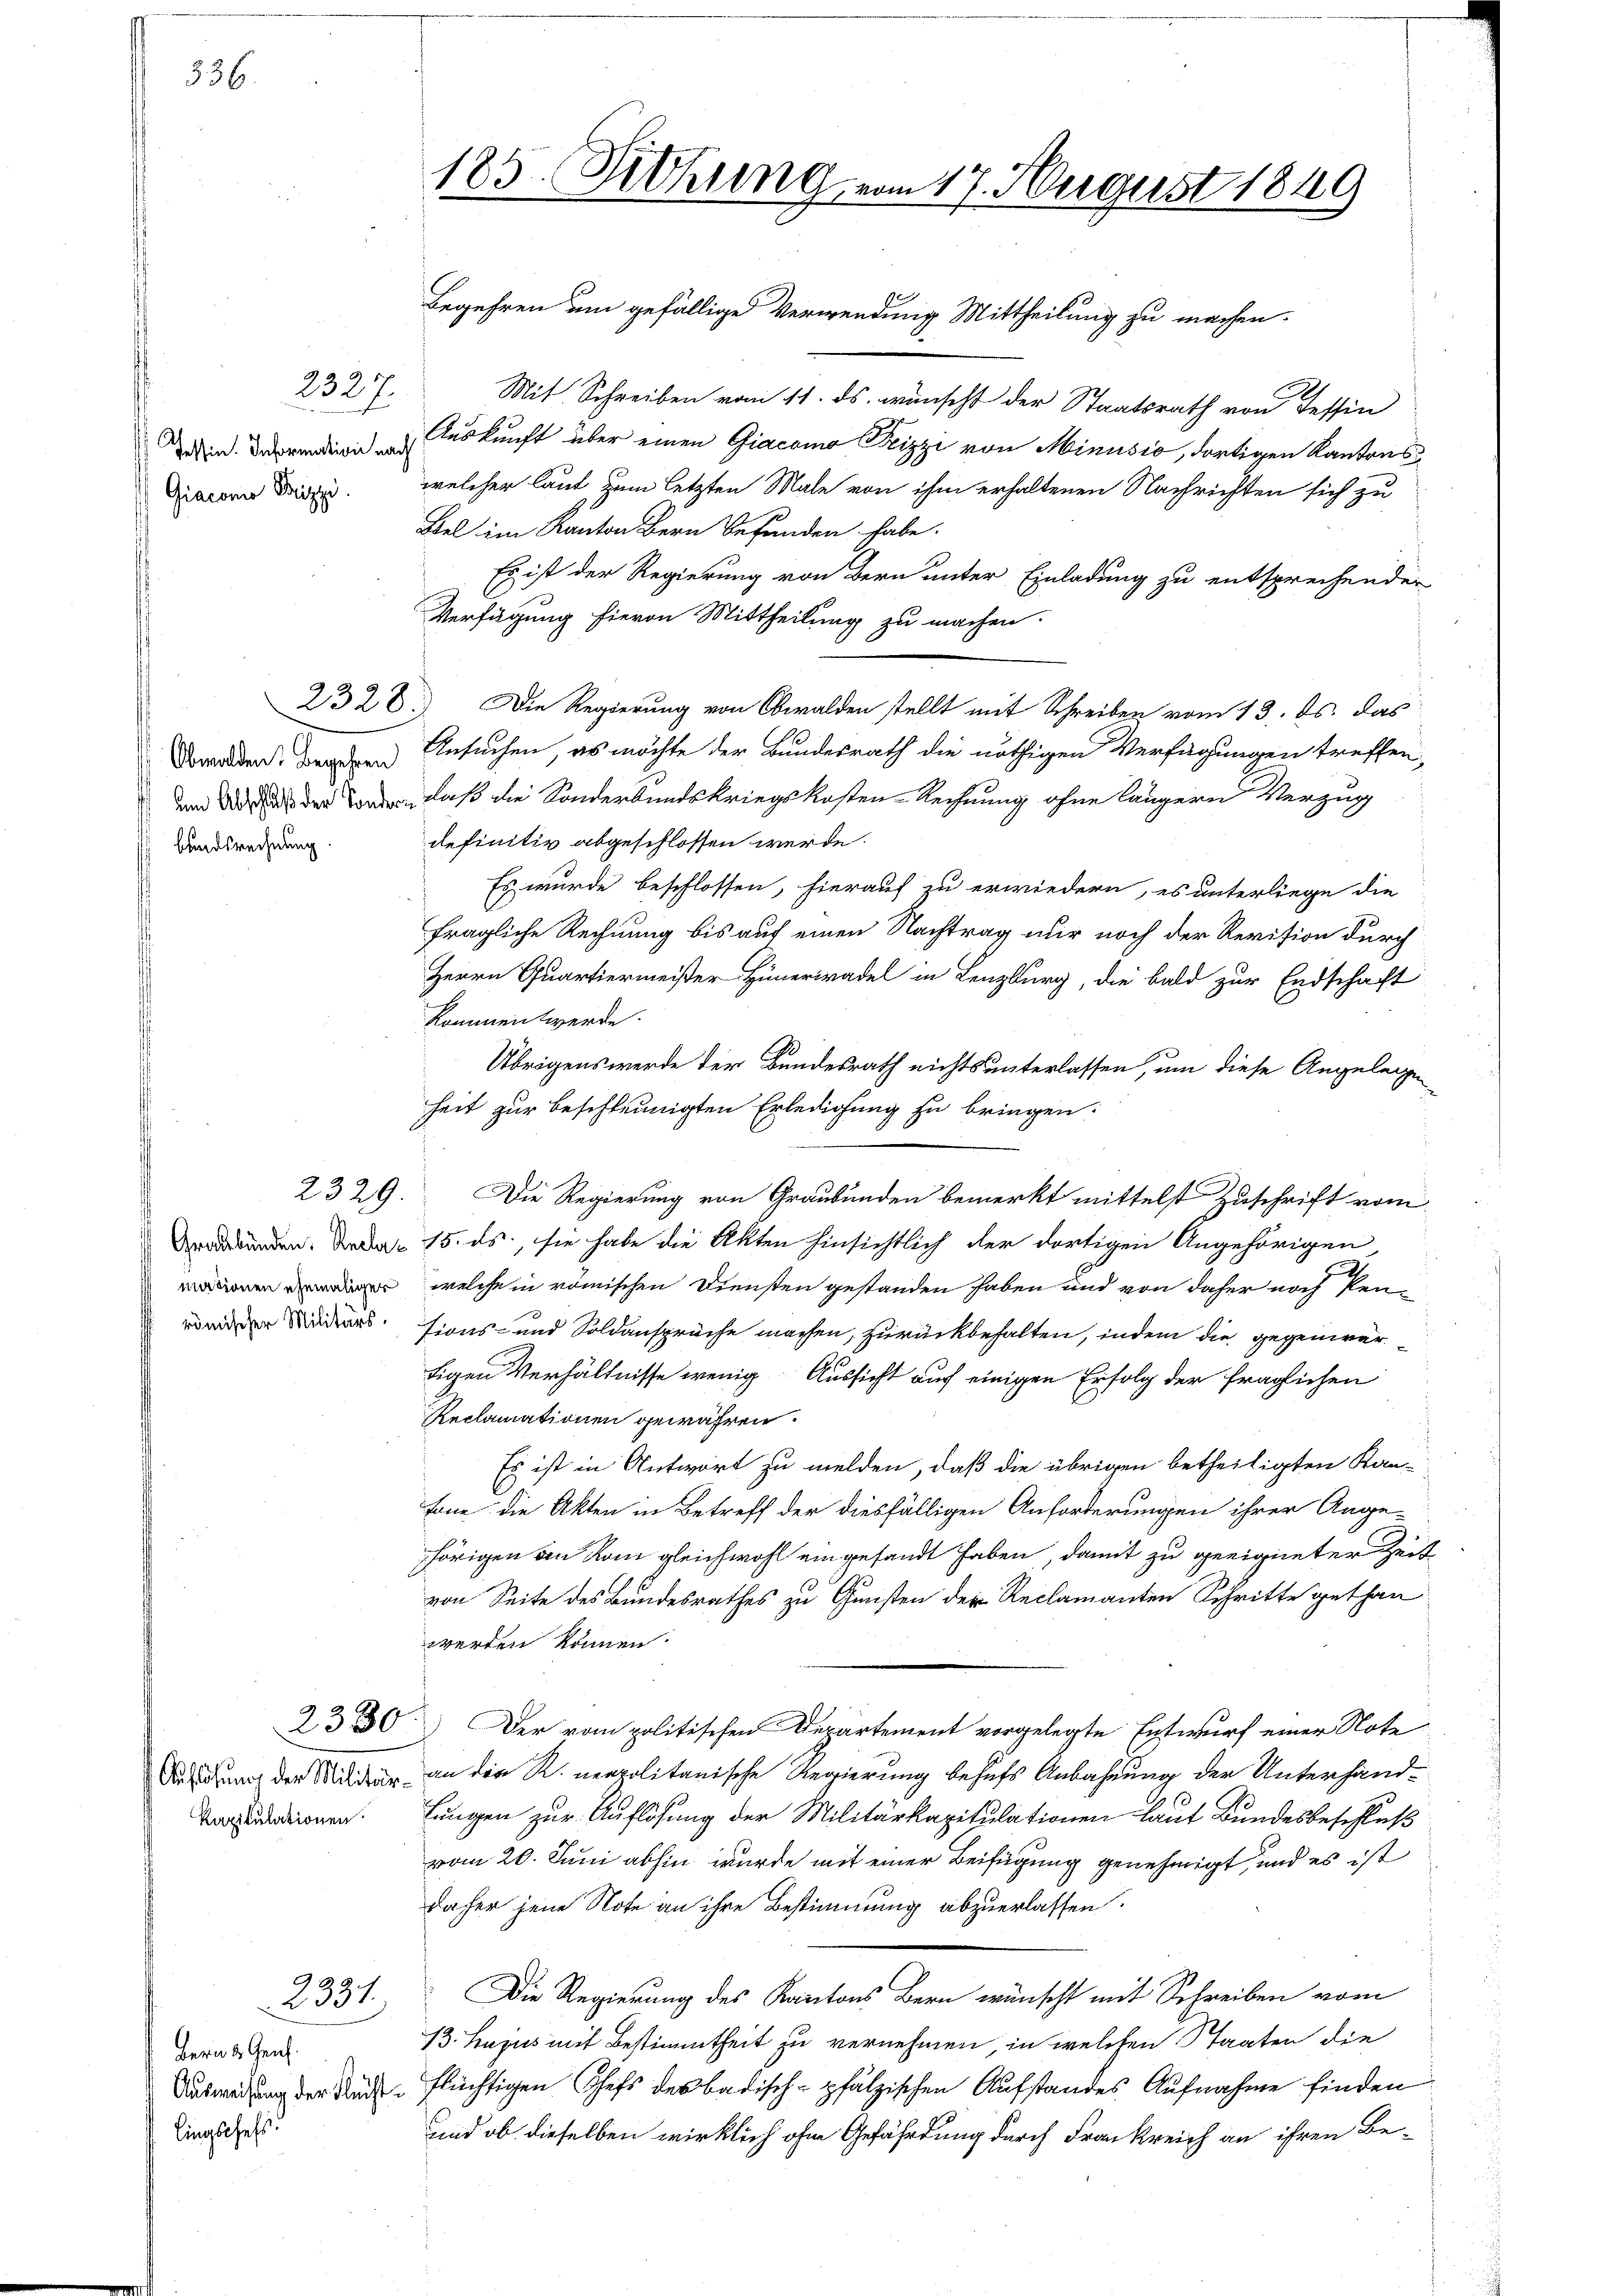
336

Tessin. Information nach
Giacona Pizzi

2327.

2328
Obwalden. Begehren
bandsrechnung.

2329.

mtionen ehemaliger
römischer Militärs.

Auflösung der Militär¬

2330

2331.

Bern & Genf.
lingschefs

185. Rohring vom 17. August 1849

Mit Schreiben vom 11. ds. wünscht der Staatsrath von Tessin
Auskunft über einen Giacomo Peizzi von Minusio, dortigen Kantonswelcher laut, zum letzten Male von ihm erhaltenen Nachrichten sich zu
Bel im Kanton Bern befunden habe.
Es ist der Regierung von Bern unter Einladung zu entsprechender
Verfügung hievon Mittheilung zu machen.
Die Regierung von Obwalden stellt mit Schreiben vom 13. ds. das
Ansuchen, es möchte der Bundesrath die nöthigen Verfügungen treffen,
und der oder daß die Sonderbundskriegskosten-Rechnung ohne längern Verzug
definitiv abgeschlossen werde.
Es wurde beschlossen, hierauf zu erwiedern, es unterliege die
fragliche Rechnung bis auf einen Nachtrag nur noch der Revision durch
Herrn Quartiermeister Hünerwadel in Lenzburg, die bald zur Endschaft
kommen werde.
Übrigens werde der Bundesrath nichts unterlassen, um diese Angelegen
heit zur beschleunigten Erledigung zu bringen:
Die Regierung von Graubünden bemerkt mittelst Zuschrift vom
unden. Den 15. ds., sie habe die Akten hinsichtlich der dortigen Angehörigen
welche in römischen Diensten gestanden haben und von daher noch Pen-
sions- und Soldansprüche machen, zurückbehalten, indem die gegenwärtigen Verhältnisse wenig Aussicht auf einigen Erfolg der fraglichen
Reclamationen gewähren.
Es ist in Antwort zu melden, daß die übrigen betheiligten Kan-
tone die Akten in Betreff der diesfälligen Anforderungen ihrer Ange-
hörigen an Rom gleichwohl eingesandt haben, damit zu geeigneter Zeit
von Seite des Bundesrathes zu Gunsten der Reclamanten Schritte gethan
werden können.
Der vom politischen Departement vorgelegte Entwurf einer Note
an der R. neapolitarische Regierung behufs Anbahnung der Unterhand¬
Vorstudienen. Lungen zur Auflösung der Militärkapitulationen laut Bundesbeschluß
vom 20. Juni abhin wurde mit einer Beifügung genehmigt, und es ist
daher jene Note an ihre Bestimmung abzuerlassen.
Die Regierung des Kantons Bern wünscht mit Schreiben vom
13. hujus mit Bestimmtheit zu vernehmen, in welchen Staaten die
Ausweisung der Rücke flüchtigen Schefs des badisch-pfälzischen Aufstandes Aufnahme finden
und ob dieselben wirklich ohne Gefährdung durch Frankreich an ihren Be¬

Begehren um gefällige Verwendung Mittheilung zu machen.